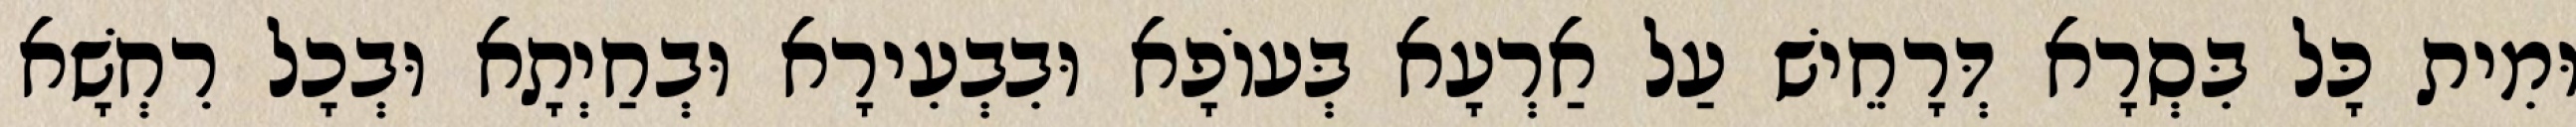
וּמִית כָּל בִּסְרָא דְּרָחֵישׁ עַל אַרְעָא בְּעוֹפָא וּבִבְעִירָא וּבְחַיְתָא וּבְכָל רִחְשָׁא